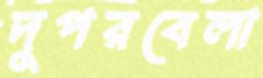
দুপরবেলা